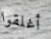
أغلقوا